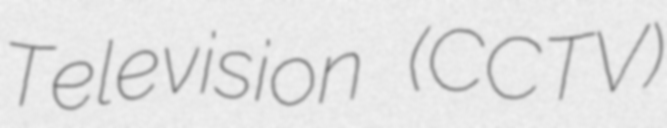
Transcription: Television (CCTV)